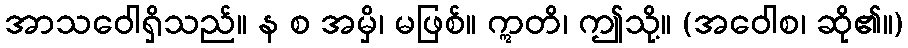
အာသဝေါရှိသည်။ န စ အမှိ၊ မဖြစ်။ ဣတိ၊ ဤသို့။ (အဝေါစ၊ ဆို၏။)